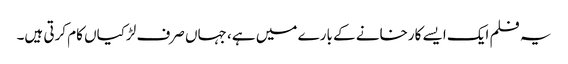
یہ فلم ایک ایسے کارخانے کے بارے میں ہے، جہاں صرف لڑکیاں کام کرتی ہیں۔